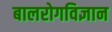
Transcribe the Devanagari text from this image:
बालरोगविज्ञान